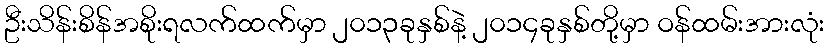
ဦးသိန်းစိန်အစိုးရလက်ထက်မှာ ၂၀၁၃ခုနှစ်နဲ့ ၂၀၁၄ခုနှစ်တို့မှာ ဝန်ထမ်းအားလုံး